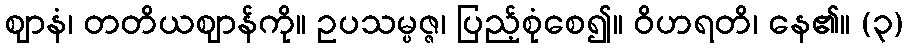
ဈာနံ၊ တတိယဈာန်ကို။ ဥပသမ္ပဇ္ဇ၊ ပြည့်စုံစေ၍။ ဝိဟရတိ၊ နေ၏။ (၃)